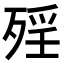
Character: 𣨮